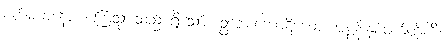
စင်္ကမမာနော၊ စင်္ကြံသွားသည် ရှိသော်။ ဥဘောကောဋိယော၊ အစွန်းနှစ်ဖက်တို့ကို။